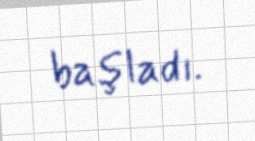
başladı.